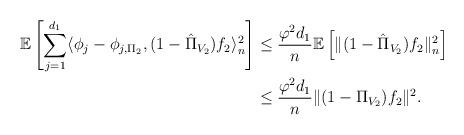
LaTeX: \begin{align*}\mathbb{E}\left[ \sum_{j=1}^{d_1}\langle\phi_j-\phi_{j,\Pi_2},(1-\hat{\Pi}_{V_2})f_2\rangle_n^2\right]&\leq \frac{\varphi^2d_1}{n}\mathbb{E}\left[ \Vert (1-\hat{\Pi}_{V_2})f_2\Vert^2_n\right]\\&\leq \frac{\varphi^2d_1}{n}\Vert (1-\Pi_{V_2})f_2\Vert^2.\end{align*}